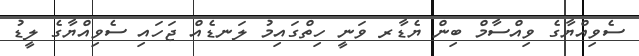
ސެވިއްޔާގެ ވިއްސާމް ބިން ޔެޑާރ ވަނީ ހިތްގައިމު ލަނޑެއް ޖަހައި ސެވިއްޔާގެ ލީޑު